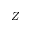
Z